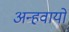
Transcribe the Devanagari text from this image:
अन्‍हवायो